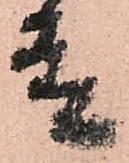
殿